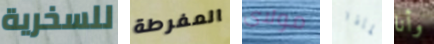
للسخرية المفرطة مولاى لماذا وأنا